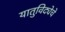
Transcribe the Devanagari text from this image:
यातुविद्येचे